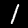
Digit: 1